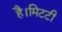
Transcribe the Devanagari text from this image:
है।मिटटी